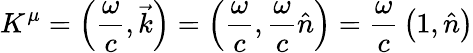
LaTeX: K^{\mu}=\left({\frac{\omega}{c}},{\vec{k}}\right)=\left({\frac{\omega}{c}},{\frac{\omega}{c}}{\hat{n}}\right)={\frac{\omega}{c}}\left(1,{\hat{n}}\right)